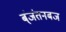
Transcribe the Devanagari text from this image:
ब्ंजंतनबज